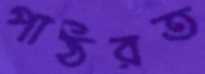
পাঠরত